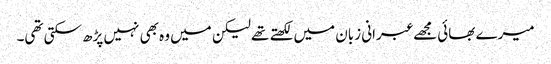
میرے بھائی مجھے عبرانی زبان میں لکھتے تھے لیکن میں وہ بھی نہیں پڑھ سکتی تھی۔